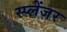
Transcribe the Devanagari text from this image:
स्प्लेंजर